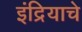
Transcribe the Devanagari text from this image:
इंद्रियाचे